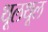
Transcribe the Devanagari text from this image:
थूलथूल